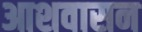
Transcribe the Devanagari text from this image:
आशवासन